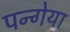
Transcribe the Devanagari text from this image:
पन्गेया